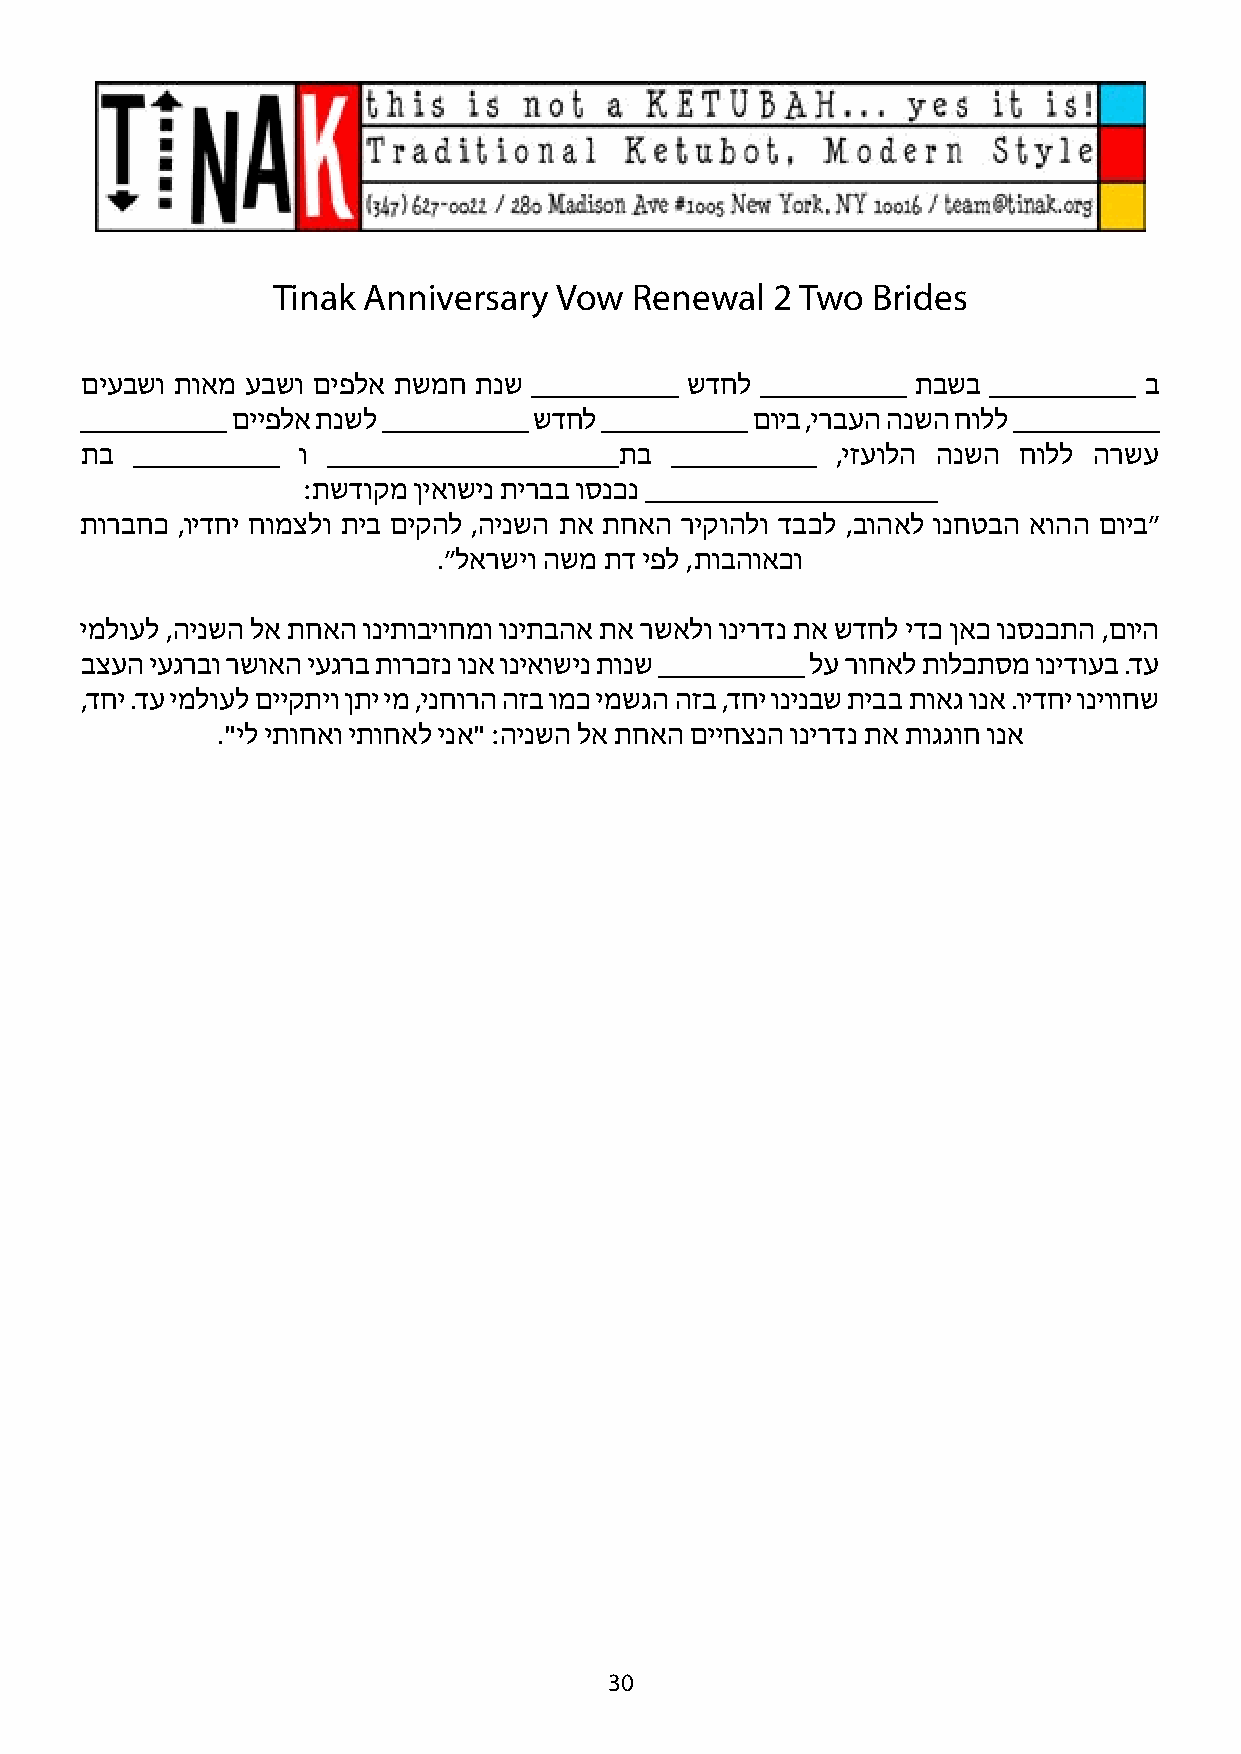
Tinak Anniversary  Vow  Renewal  2 Two  Brides
 םיעבשו תואמ עבשו םיפלא תשמח תנש __________ שדחל __________ תבשב __________ ב
 __________ םייפלא תנשל __________ שדחל __________ םויב ,ירבעה הנשה חולל __________
 תב  __________ ו ____________________תב __________ ,יזעולה הנשה חולל הרשע
 :תשדוקמ ןיאושינ תירבב וסנכנ ____________________
 תורבחכ ,וידחי חומצלו תיב םיקהל ,הינשה תא תחאה ריקוהלו דבכל ,בוהאל ונחטבה אוהה םויב״
 .״לארשיו השמ תד יפל ,תובהואכו
 ימלועל ,הינשה לא תחאה וניתוביוחמו וניתבהא תא רשאלו ונירדנ תא שדחל ידכ ןאכ ונסנכתה ,םויה
 בצעה יעגרבו רשואה יעגרב תורכזנ ונא וניאושינ תונש __________ לע רוחאל תולכתסמ ונידועב .דע
 ,דחי .דע ימלועל םייקתיו ןתי ימ ,ינחורה הזב ומכ ימשגה הזב ,דחי ונינבש תיבב תואג ונא .וידחי וניווחש
 ."יל יתוחאו יתוחאל ינא" :הינשה לא תחאה םייחצנה ונירדנ תא תוגגוח ונא
 30